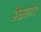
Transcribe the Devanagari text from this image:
हैसरगेट